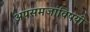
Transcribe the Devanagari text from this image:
अपसमजांविषयी